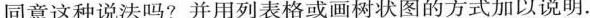
同意这种说法吗?并用列表格或画树状图的方式加以说明。